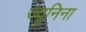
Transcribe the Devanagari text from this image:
ज्यूनिना